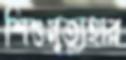
শিশুমৃত্যুহার